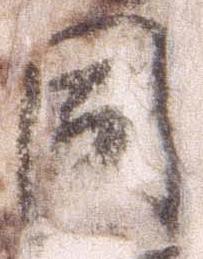
同